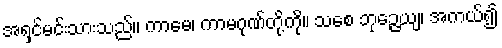
အရှင်မင်းသားသည်။ ကာမေ၊ ကာမဂုဏ်တို့ကို။ သစေ ဘုဉ္ဇေယျ၊ အကယ်၍